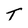
Character: T